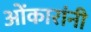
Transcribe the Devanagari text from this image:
ओंकारांनी